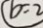
b = 2